Subject: stat
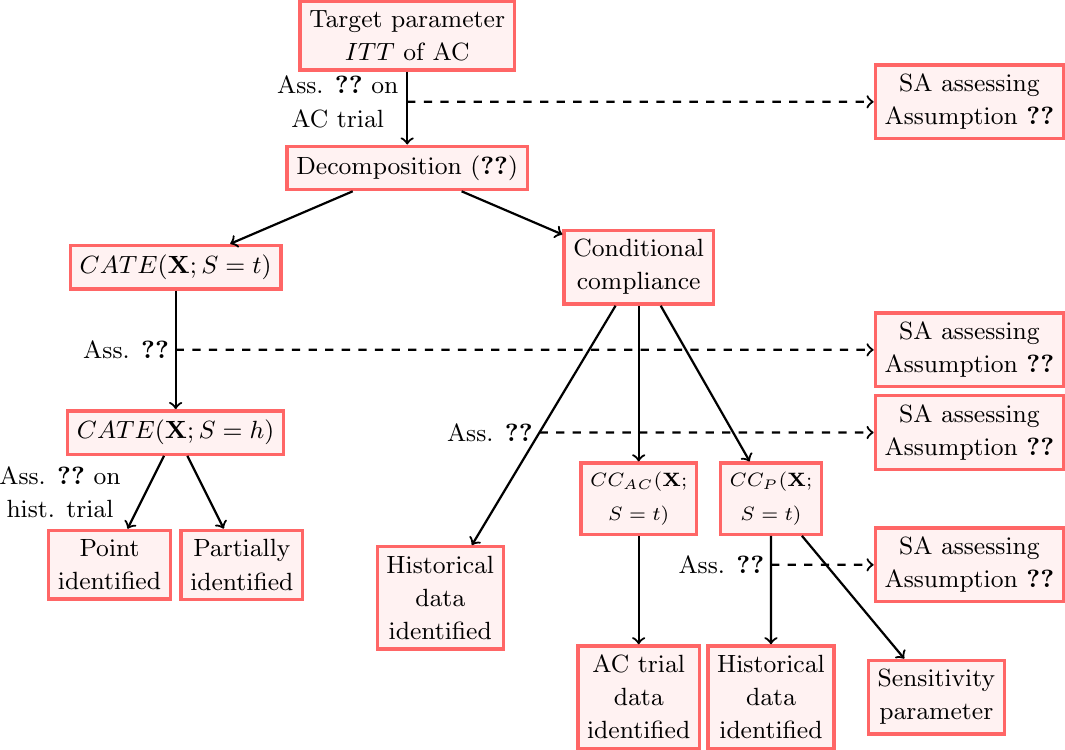
LaTeX code:
    \begin{tikzpicture}[scale = 0.42,
squarednode/.style={rectangle, draw=red!60, fill=red!5, very thick},
every text node part/.style={align=center}
]
\node[squarednode] at (1, 4) (target) {\small Target parameter \\ \small $ITT$ of AC};
\node at (-1.1, 2) (Assumption 3) {\small Ass. \ref{ass: no interaction} on\\ \small AC trial};
\node[squarednode] at (1, 0) (decomp) {\small Decomposition \eqref{eqn: decomposition}};
\node[squarednode] at (18, 2) (SA 1) {\small SA assessing \\ \small Assumption \ref{ass: no interaction}};
\node[squarednode] at (-6, -3) (CATE) {\small $CATE(\mathbf{X}; S = t)$};
\node[squarednode] at (8, -3) (CC) {\small Conditional \\ \small compliance};
\node[squarednode] at (-6, -8) (CATE_h) {\small $CATE(\mathbf{X}; S = h)$};
\node at (-7.5, -5.5) (Assumption 4) {\small Ass. \ref{ass: mean generalizability}};
\node[squarednode] at (18, -5.5) (SA 2) {\small SA assessing \\ \small Assumption \ref{ass: mean generalizability}};
\node[squarednode] at (-8, -12) (CATE point) {\small Point \\ \small identified};
\node at (-9.5, -9.8) {\small Ass. \ref{ass: no interaction} on \\ \small hist. trial};
\node[squarednode] at (-4, -12) (CATE partial) {\small Partially \\ \small identified};
\node[squarednode] at (8, -10) (CC term1) {\scriptsize $CC_{AC}(\mathbf{X};$ \\\scriptsize $S = t)$};
\node[squarednode] at (12, -10) (CC term2) {\scriptsize $CC_{P}(\mathbf{X};$ \\\scriptsize $S = t)$};
\node[squarednode] at (8, -16) (CC term1 strategy) {\small AC trial \\\small data \\\small identified};
\node[squarednode] at (12, -16) (CC term2 strategy) {\small Historical \\ \small data \\\small identified};
\node[squarednode] at (17, -16) (CC term2 sens) {\small Sensitivity \\ \small parameter};
\node[squarednode] at (2, -13) (CC strategy) {\small Historical \\ \small data \\\small identified};
\node at (3.5, -8) (Assumption 4) {\small Ass. \ref{ass: mean compliance generalizability}};
\node[squarednode] at (18, -8) (SA 3) {\small SA assessing \\ \small Assumption \ref{ass: mean compliance generalizability}};
\node at (10.5, -12) (Assumption 5) {\small Ass. \ref{ass: one-arm compliance generalizability}};
\node[squarednode] at (18, -12) (SA 4) {\small SA assessing \\ \small Assumption \ref{ass: one-arm compliance generalizability}};
\draw[thick, ->] (target) -- (decomp);
\draw[thick, dashed, ->] (1, 2) -- (SA 1);
\draw[thick, ->] (decomp) -- (CATE);
\draw[thick, ->] (decomp) -- (CC);
\draw[thick, ->] (CATE) -- (CATE_h);
\draw[thick, dashed, ->] (-6, -5.5) -- (SA 2);
\draw[thick, ->] (CATE_h) -- (CATE point);
\draw[thick, ->] (CATE_h) -- (CATE partial);
\draw[thick, ->] (CC) -- (CC term1);
\draw[thick, ->] (CC) -- (CC term2);
\draw[thick, ->] (CC) -- (CC strategy);
\draw[thick, ->] (CC term1) -- (CC term1 strategy);
\draw[thick, ->] (CC term2) -- (CC term2 strategy);
\draw[thick, ->] (CC term2) -- (CC term2 sens);
\draw[thick, dashed, ->] (5, -8) -- (SA 3);
\draw[thick, dashed, ->] (12, -12) -- (SA 4);

\end{tikzpicture}